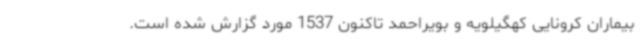
بیماران کرونایی کهگیلویه و بویراحمد تاکنون 1537 مورد گزارش شده است.